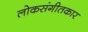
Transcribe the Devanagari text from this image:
लोकसंगीतकार